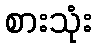
စားသုံး